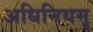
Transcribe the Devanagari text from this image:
अधिनियमृ